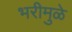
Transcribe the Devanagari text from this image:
भरीमुळे